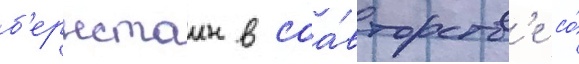
б'ернстаин в соа́вторств'е со́